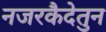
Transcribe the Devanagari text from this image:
नजरकैदेतुन